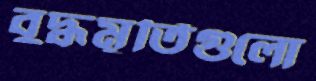
বুদ্ধমূর্তিগুলো